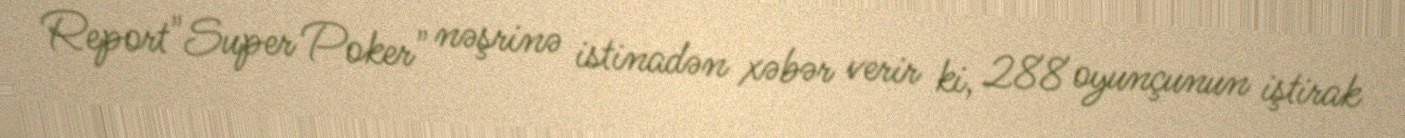
Report"Super Poker" nəşrinə istinadən xəbər verir ki, 288 oyunçunun iştirak